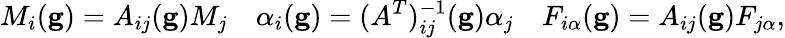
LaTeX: M_{i}(\mathbf{g})=A_{ij}(\mathbf{g})M_{j}\quad\alpha_{i}(\mathbf{g})=(A^{T})_{ij}^{-1}(\mathbf{g})\alpha_{j}\quad F_{i\alpha}(\mathbf{g})=A_{ij}(\mathbf{g})F_{j\alpha},